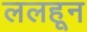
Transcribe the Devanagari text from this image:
ललहून